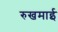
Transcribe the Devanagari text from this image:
रुखमाई